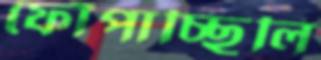
ফোঁপাচ্ছিলি